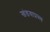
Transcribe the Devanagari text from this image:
खंडवाप्रस्थ